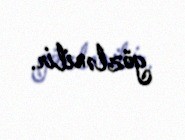
gözlənilir.